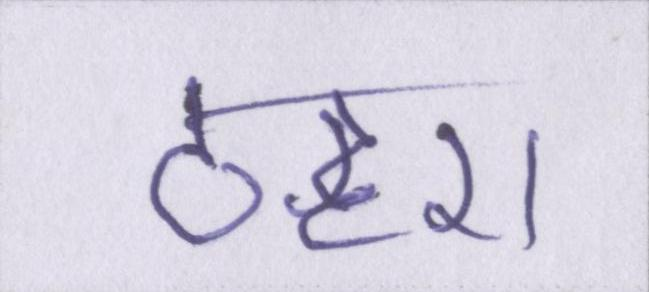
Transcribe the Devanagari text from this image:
ठहरा